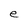
Character: e